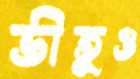
ভীতুও